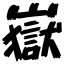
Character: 嶽